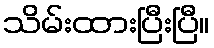
သိမ်းထားပြီးပြီ။